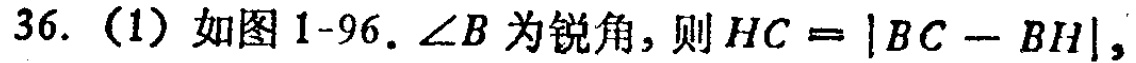
36.（1）如图1-96.$\angle B$为锐角，则$HC = |BC - BH|$，